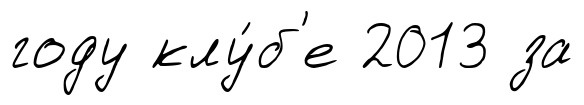
году клу́б'е 2013 за